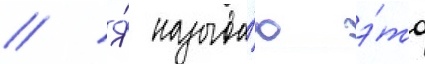
// Я́ называ́ю э́то